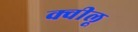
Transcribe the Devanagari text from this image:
क्वीलू